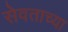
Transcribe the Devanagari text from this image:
सेवताच्या